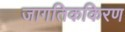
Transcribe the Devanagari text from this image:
जागतिककिरण